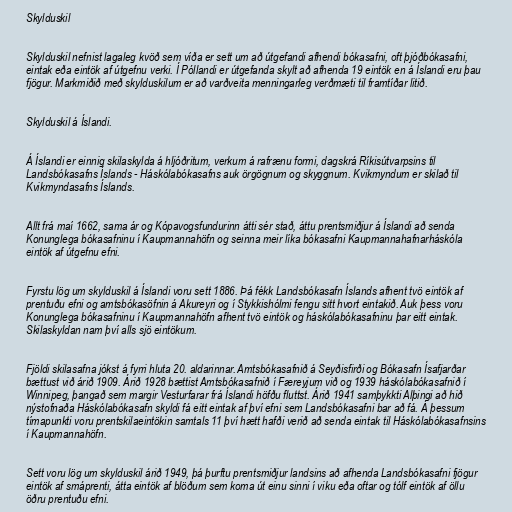
Skylduskil

Skylduskil nefnist lagaleg kvöð sem víða er sett um að útgefandi afhendi bókasafni, oft þjóðbókasafni,
eintak eða eintök af útgefnu verki. Í Póllandi er útgefanda skylt að afhenda 19 eintök en á Íslandi eru þau
fjögur. Markmiðið með skylduskilum er að varðveita menningarleg verðmæti til framtíðar litið.

Skylduskil á Íslandi.

Á Íslandi er einnig skilaskylda á hljóðritum, verkum á rafrænu formi, dagskrá Ríkisútvarpsins til
Landsbókasafns Íslands - Háskólabókasafns auk örgögnum og skyggnum. Kvikmyndum er skilað til
Kvikmyndasafns Íslands.

Allt frá maí 1662, sama ár og Kópavogsfundurinn átti sér stað, áttu prentsmiðjur á Íslandi að senda
Konunglega bókasafninu í Kaupmannahöfn og seinna meir líka bókasafni Kaupmannahafnarháskóla
eintök af útgefnu efni.

Fyrstu lög um skylduskil á Íslandi voru sett 1886. Þá fékk Landsbókasafn Íslands afhent tvö eintök af
prentuðu efni og amtsbókasöfnin á Akureyri og í Stykkishólmi fengu sitt hvort eintakið. Auk þess voru
Konunglega bókasafninu í Kaupmannahöfn afhent tvö eintök og háskólabókasafninu þar eitt eintak.
Skilaskyldan nam því alls sjö eintökum.

Fjöldi skilasafna jókst á fyrri hluta 20. aldarinnar. Amtsbókasafnið á Seyðisfirði og Bókasafn Ísafjarðar
bættust við árið 1909. Árið 1928 bættist Amtsbókasafnið í Færeyjum við og 1939 háskólabókasafnið í
Winnipeg, þangað sem margir Vesturfarar frá Íslandi höfðu fluttst. Árið 1941 samþykkti Alþingi að hið
nýstofnaða Háskólabókasafn skyldi fá eitt eintak af því efni sem Landsbókasafni bar að fá. Á þessum
tímapunkti voru prentskilaeintökin samtals 11 því hætt hafði verið að senda eintak til Háskólabókasafnsins
í Kaupmannahöfn.

Sett voru lög um skylduskil árið 1949, þá þurftu prentsmiðjur landsins að afhenda Landsbókasafni fjögur
eintök af smáprenti, átta eintök af blöðum sem koma út einu sinni í viku eða oftar og tólf eintök af öllu
öðru prentuðu efni.